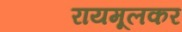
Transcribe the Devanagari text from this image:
रायमूलकर